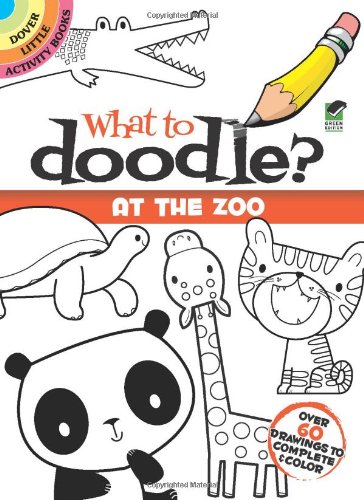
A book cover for What to Doodle? At the Zoo (Dover Doodle Books); Jillian Phillips; Children's Books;